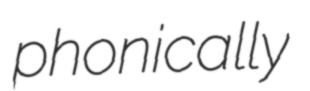
phonically